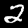
Digit: 2